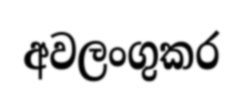
අවලංගුකර